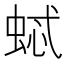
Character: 𱿢